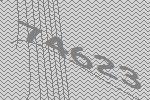
74623